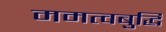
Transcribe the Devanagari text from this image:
ममत्वबुद्धि